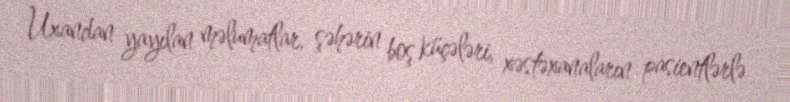
Uxandan yayılan məlumatlar, şəhərin boş küçələri, xəstəxanaların pasientlərlə